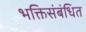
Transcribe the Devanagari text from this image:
भक्तिसंबंधित